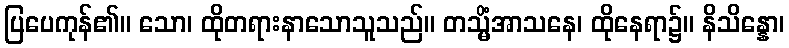
ပြပေကုန်၏။ သော၊ ထိုတရားနာသောသူသည်။ တသ္မိံအာသနေ၊ ထိုနေရာ၌။ နိသိန္နော၊